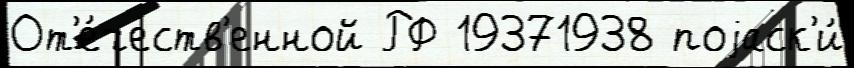
От'е́честв'енной РФ 19371938 поjаск'и́